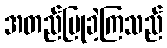
အတည်ပြုခဲ့ကြသည်